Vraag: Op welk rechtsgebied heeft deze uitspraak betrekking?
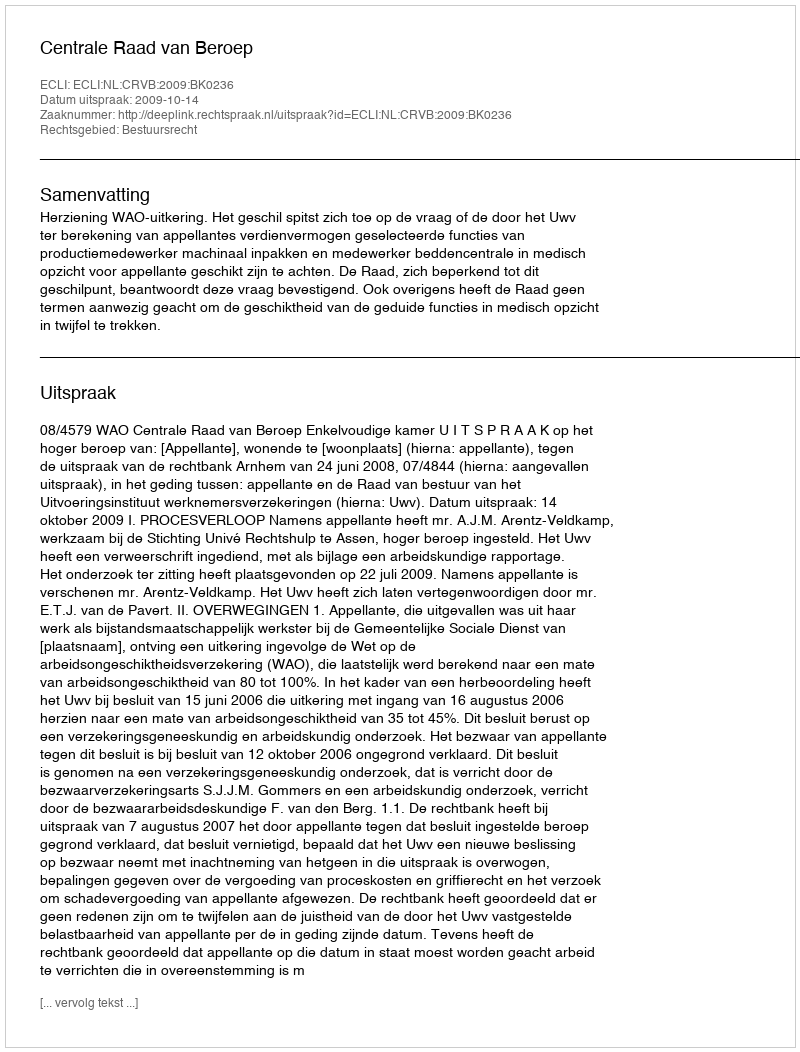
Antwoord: Bestuursrecht